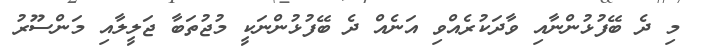
މި ދެ ބޭފުޅުންނާއި ވާދަކުރެއްވި އަނެއް ދެ ބޭފުޅުންނަކީ މުޖުތަބާ ޖަލީލާއި މަންސޫރު